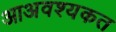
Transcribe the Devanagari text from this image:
आअवश्यकत